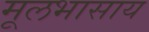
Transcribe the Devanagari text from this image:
मूलभासाय